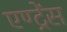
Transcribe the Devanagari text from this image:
एण्ट्रेंस